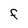
Character: F